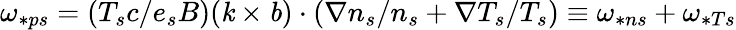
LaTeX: \omega_{\ast ps}=(T_{s}c/e_{s}B)({\textbf{\emph k}}\times{\textbf{\emph b}})\cdot({\mathbf\nabla}n_{s}/n_{s}+{\mathbf\nabla}T_{s}/T_{s})\equiv\omega_{\ast ns}+\omega_{\ast Ts}